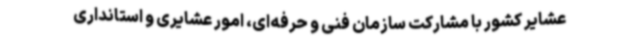
عشایر کشور با مشارکت سازمان فنی و حرفه‌ای، امور عشایری و استانداری